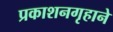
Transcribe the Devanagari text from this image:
प्रकाशनगृहाने